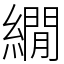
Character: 繝